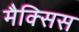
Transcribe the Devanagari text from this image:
मैक्सिस